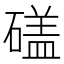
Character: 𥕤